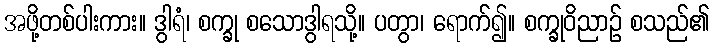
အဖို့တစ်ပါးကား။ ဒွါရံ၊ စက္ခု စသောဒွါရသို့။ ပတွာ၊ ရောက်၍။ စက္ခုဝိညာဉ် စသည်၏